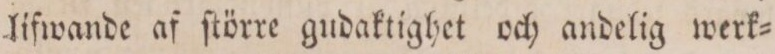
lifwande af ſtörre gudaktighet och andelig werk=